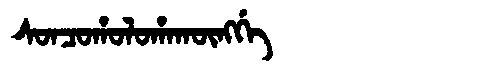
Manchu: ᠰᠣᠨᠴᠣᡥᠣᠯᠣᡥᠠᡴᡡᠩᡤᡝ
Romanization: SONCOHOLOHAKŪNGGE